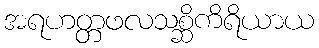
အရဟတ္တဖလသစ္ဆိကိရိယာယ